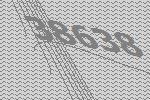
38638